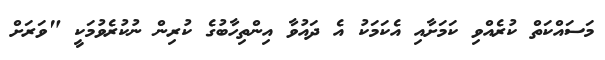
މަސައްކަތް ކުރެއްވި ކަމަށާއި އެކަމަކު އެ ދައުވާ އިންތިހާބުގެ ކުރިން ނުކުރެވުމަކީ "ވަރަށް